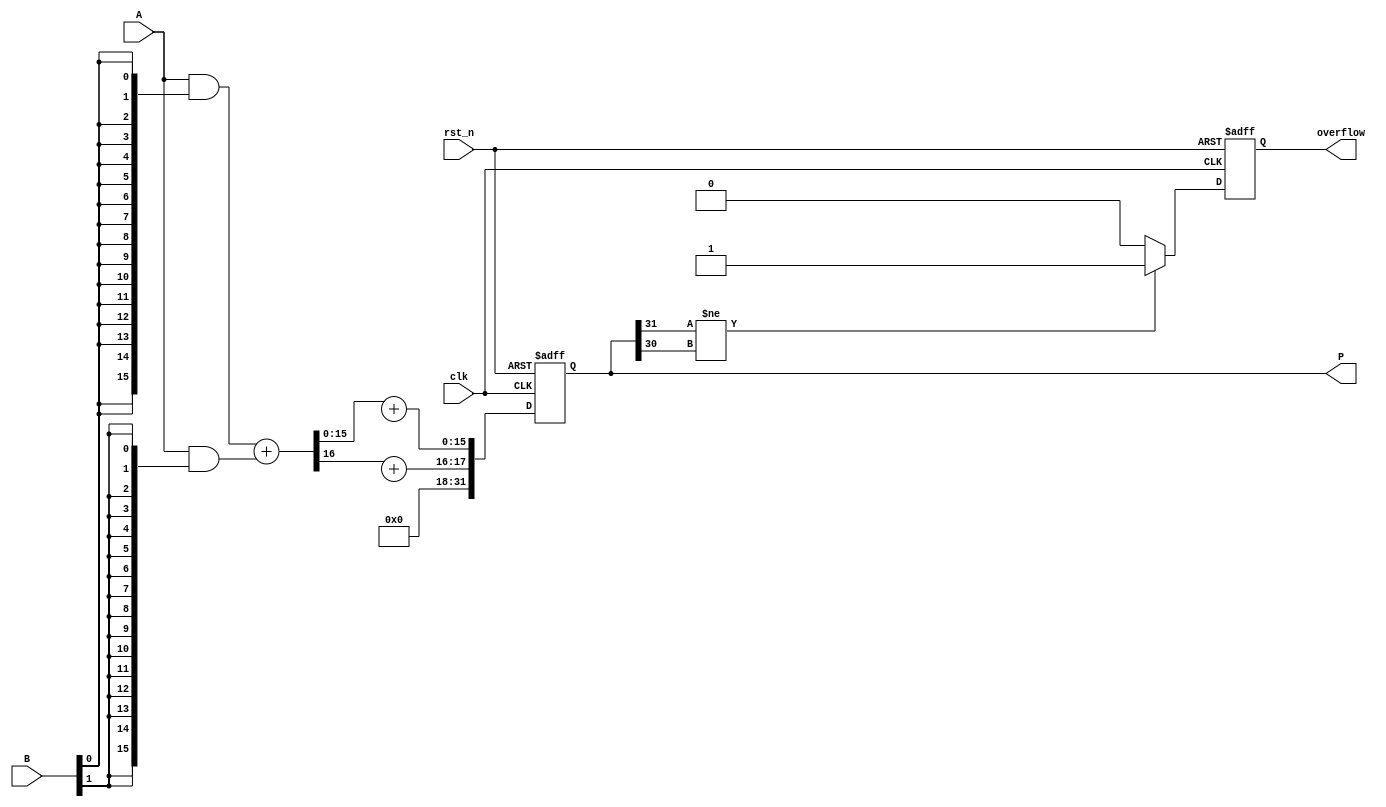
module fixed_point_wallace_multiplier #(
    parameter INTEGER_BITS = 8,        // Number of integer bits
    parameter FRACTIONAL_BITS = 8,     // Number of fractional bits
    parameter TOTAL_BITS = INTEGER_BITS + FRACTIONAL_BITS // Total bits for inputs
)(
    input wire clk,
    input wire rst_n,                  // Active low reset
    input wire [TOTAL_BITS-1:0] A,     // Multiplicand
    input wire [TOTAL_BITS-1:0] B,     // Multiplier
    output reg [2*TOTAL_BITS-1:0] P,    // Product
    output reg overflow                 // Overflow flag
);

    // Partial product generation
    wire [TOTAL_BITS-1:0] pp [0:TOTAL_BITS-1]; // Partial products
    genvar i;
    generate
        for (i = 0; i < TOTAL_BITS; i = i + 1) begin : partial_products
            assign pp[i] = A & {TOTAL_BITS{B[i]}}; // AND with each bit of B
        end
    endgenerate

    // Wallace Tree Reduction
    wire [2*TOTAL_BITS-1:0] stage1 [0:TOTAL_BITS-1]; // Stage 1 results
    wire [TOTAL_BITS:0] carry [0:TOTAL_BITS-1]; // Carries from full adders

    // Stage 1: Combining partial products
    generate
        for (i = 0; i < TOTAL_BITS; i = i + 1) begin : reduction_stage_1
            if (i % 2 == 0) begin
                assign stage1[i] = pp[i] + pp[i+1]; // Combine pairs with carry
                assign carry[i] = pp[i][TOTAL_BITS-1] + pp[i+1][TOTAL_BITS-1]; // Carry out
            end
        end
    endgenerate

    // Further reduction stages (simplified)
    // For simplicity, we reduce it to one more stage
    wire [TOTAL_BITS-1:0] final_sum;
    wire [TOTAL_BITS:0] final_carry;

    assign final_sum = stage1[0][TOTAL_BITS-1:0] + stage1[1][TOTAL_BITS-1:0];
    assign final_carry = stage1[0][TOTAL_BITS] + stage1[1][TOTAL_BITS];

    always @(posedge clk or negedge rst_n) begin
        if (!rst_n) begin
            P <= 0;
            overflow <= 0;
        end else begin
            // Final addition and overflow detection
            P <= {final_carry, final_sum}; // Combine final carry and sum
            
            // Check for overflow
            if (P[2*TOTAL_BITS-1] != P[2*TOTAL_BITS-2]) begin
                overflow <= 1; // Overflow occurred
            end else begin
                overflow <= 0; // No overflow
            end
        end
    end

endmodule